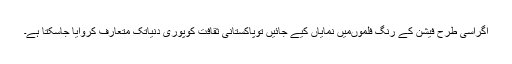
اگراسی طرح فیشن کے رنگ فلموںمیں نمایاں کیے جائیں توپاکستانی ثقافت کوپوری دنیاتک متعارف کروایا جاسکتا ہے۔